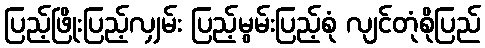
ပြည့်ဖြိုးပြည့်လျှမ်း ပြည့်မွမ်းပြည့်စုံ လျင်တုံစိုပြည်